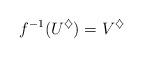
LaTeX: \begin{align*}f^{-1}(U^\diamondsuit)=V^\diamondsuit\end{align*}